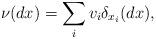
LaTeX: \begin{align*}\nu(dx)=\sum_{i}v_i\delta_{x_i}(dx),\end{align*}